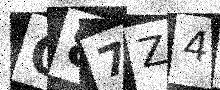
Text: O87Z4X